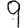
Digit: 9